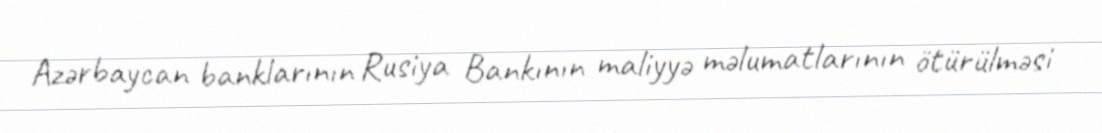
Azərbaycan banklarının Rusiya Bankının maliyyə məlumatlarının ötürülməsi